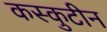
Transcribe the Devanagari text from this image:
कस्कुटीन